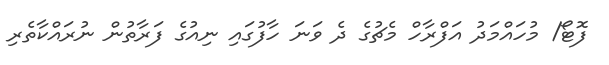
ފޮޓޯ/ މުހައްމަދު އަފްރާހް މެޗުގެ ދެ ވަނަ ހާފުގައި ނިއުގެ ފަރާތުން ނުރައްކާތެރި